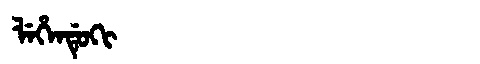
Manchu: ᠯᡝᡥᡝᠨᡩᡠᡴᡳ
Romanization: LEHENDUKI